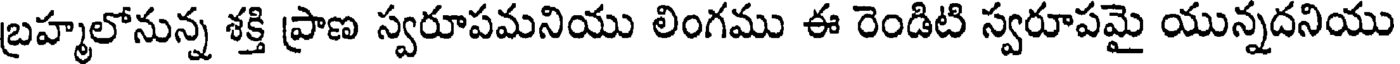
బ్రహ్మలోనున్న శక్తి ప్రాణ స్వరూపమనియు లింగము ఈ రెండిటి స్వరూపమై యున్నదనియు